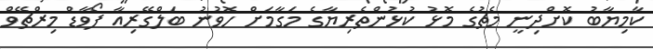
ކާމިޔާބު ކޮށްދިނީ މެޗުގެ މޮޅު ކުޅުންތެރިޔާގެ މަގާމަށް ހޮވުނު ބަލްގޭރިއާ ފޯވާޑް މިރްޗޭވް